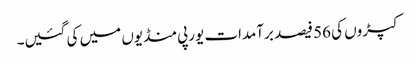
کپڑوں کی 56 فیصد برآمدات یورپی منڈیوں میں کی گئیں۔